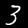
Digit: 3